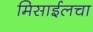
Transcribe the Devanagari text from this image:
मिसाईलचा